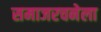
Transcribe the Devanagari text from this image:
समाजरचनेला